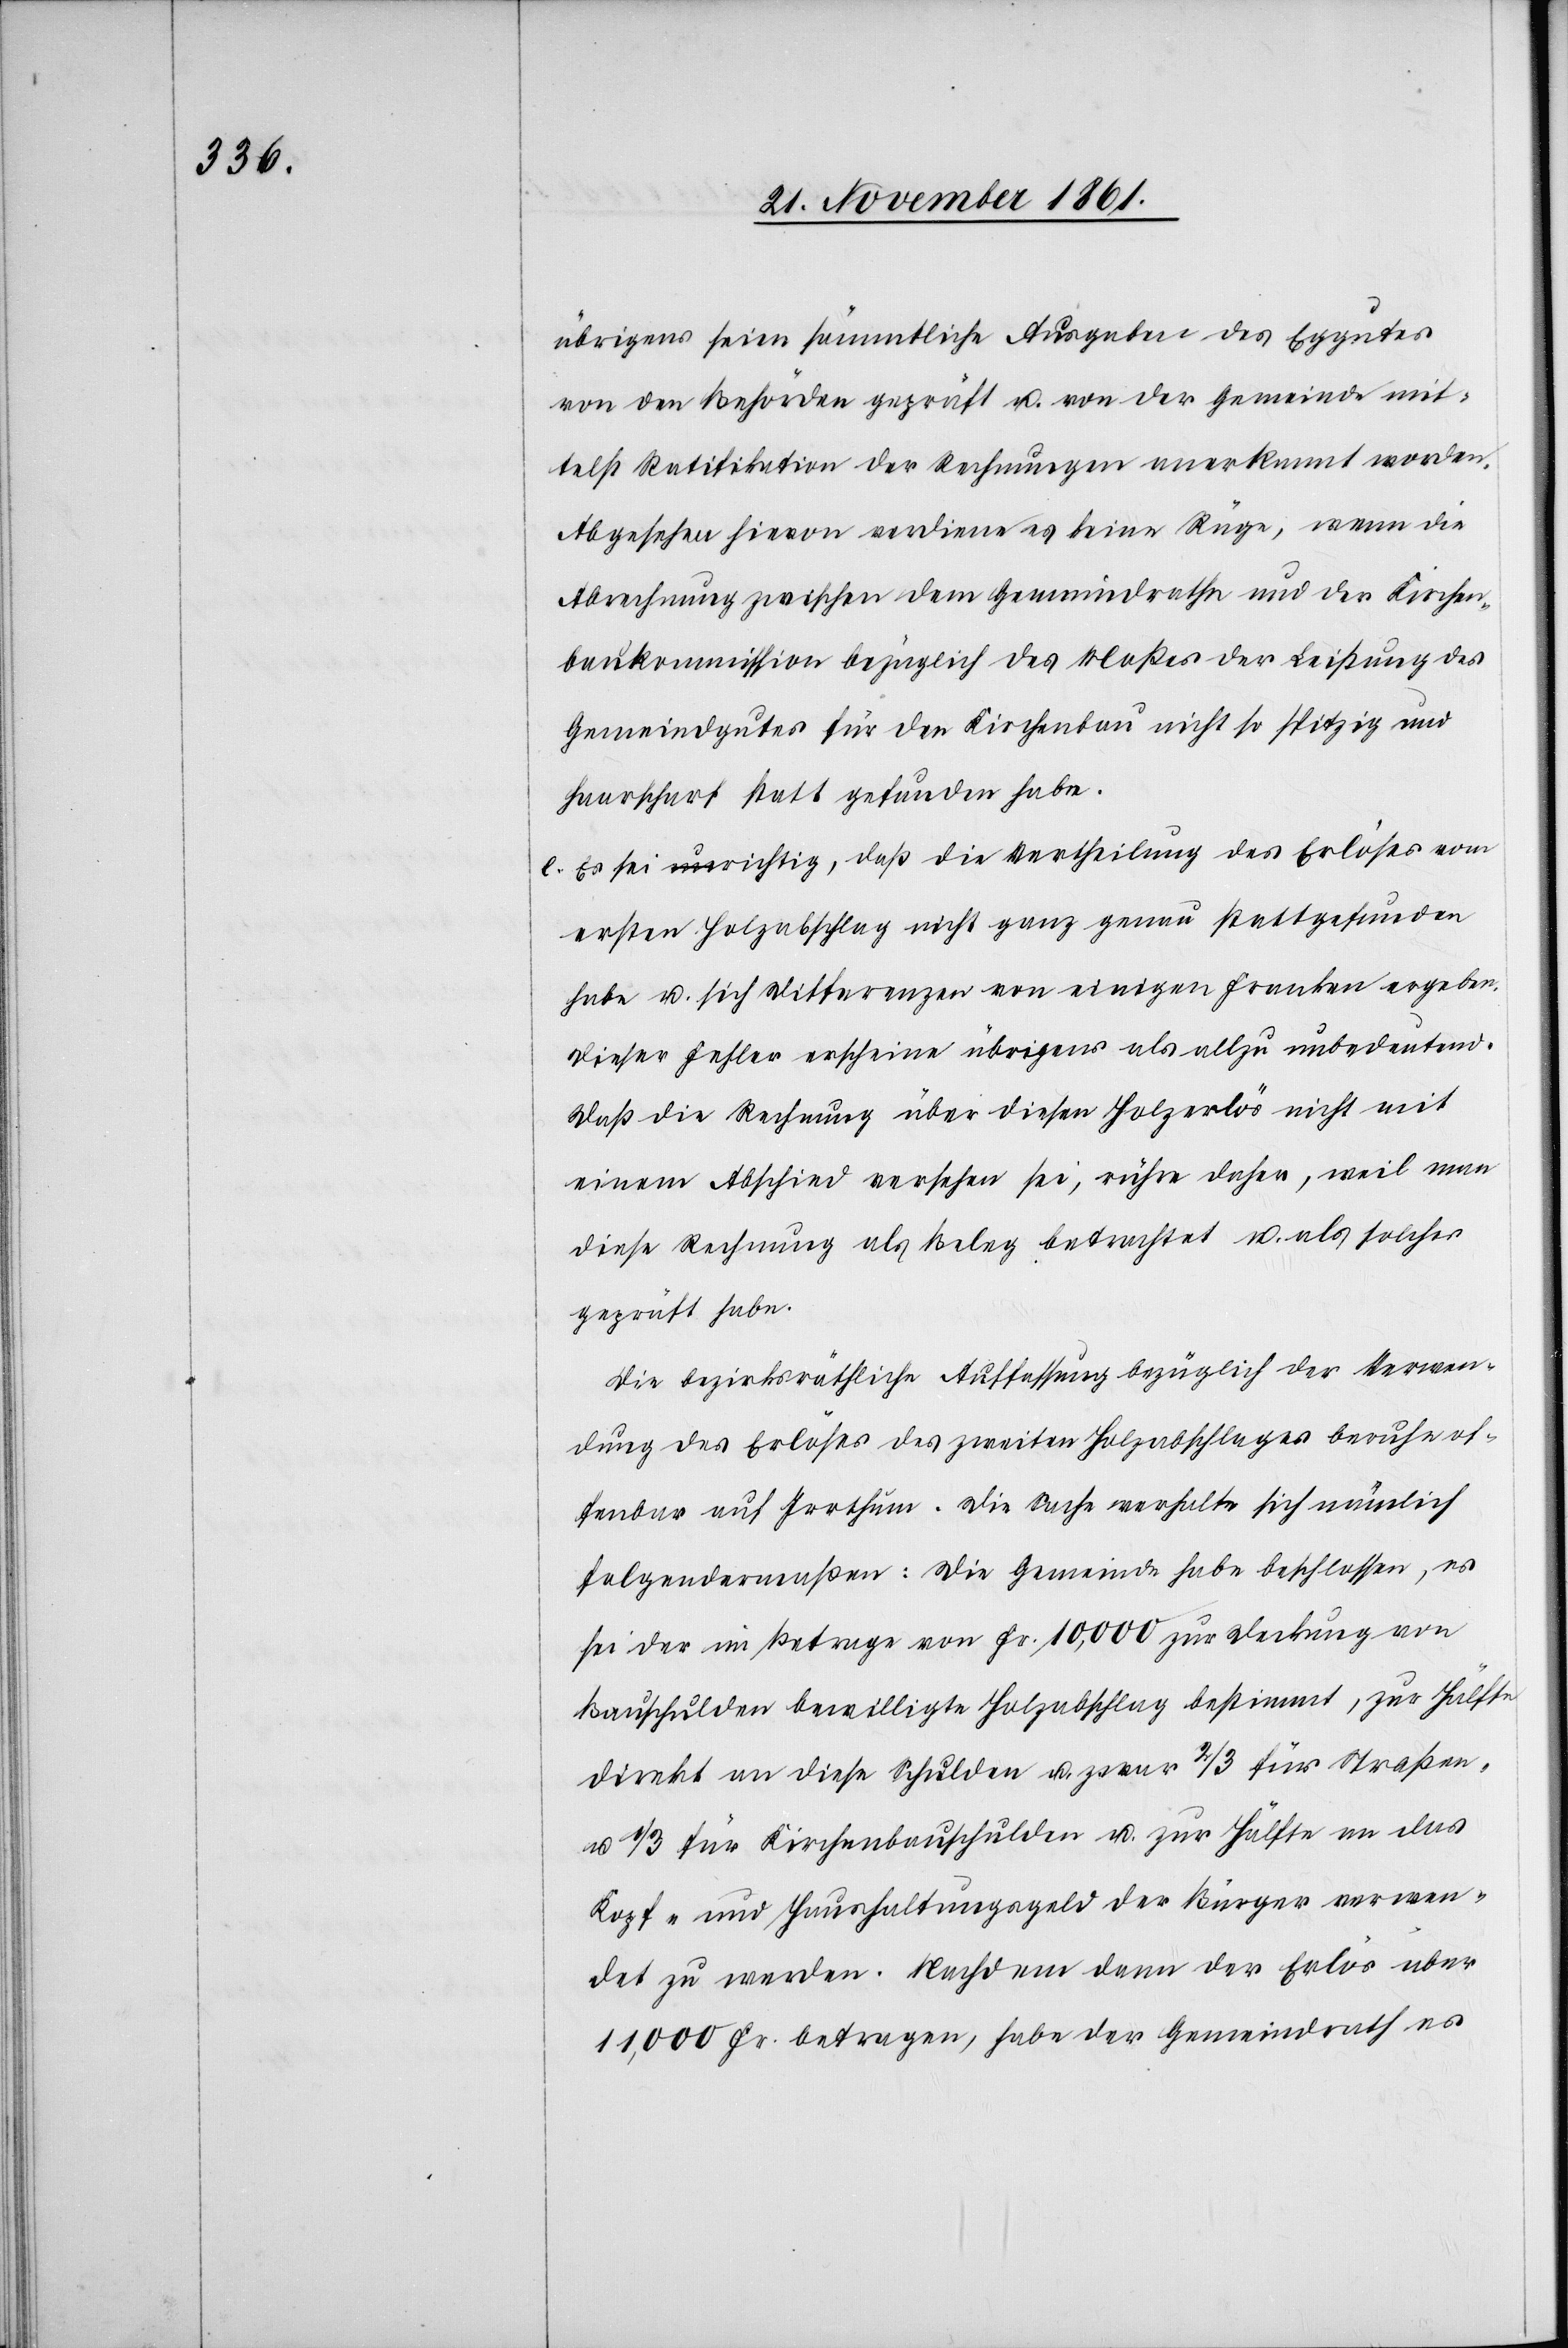
übrigens seien sämmtliche Ausgaben des Eggutes
von den Behörden geprüft u. von der Gemeinde mitt¬
telst Gratifikation der Rechnungen anerkannt worden.
Abgesehen hievon verdiene es keine Rüge, wenn die
Abrechnung zwischen dem Gemeindrathe und der Kirchen¬
baukommission bezüglich des Maßes der Leistung des
Gemeindgutes für den Kirchenbau nicht so spitzig und
haarscharf statt gefunden habe.
e. Es sei richtig, daß die Vertheilung des Erlöses vom
ersten Holzabschlag nicht ganz genau stattgefunden
habe u. sich Differenzen von einigen Franken ergeben.
Dieser Fehler erscheine übrigens als allzu unbedeutend.
Daß die Rechnung über diesen Holzerlös nicht mit
einem Abschied versehen sei, rühre daher, weil man
diese Rechnung als Beleg betrachtet u. als solchen
geprüft habe.
Die bezirksräthliche Auffassung bezüglich der Verwen¬
dung des Erlöses des zweiten Holzabschlages beruhe of¬
fenbar auf Irrthum. Die Sache verhalte sich nämlich
folgendermaßen: Die Gemeinde habe beschlossen, es
sei der im Betrage vom Fr. 10,000 zur Deckung von
Bauschulden bewilligte Holzabschlag bestimmt, zur Hälfte
direkt an diese Schulden u. zwar 2/3 für Straßen
u. 1/3 für Kirchenbauschulden u. zur Hälfte an das
Kopf- und Haushaltungsgeld der Bürger verwen¬
det zu verwenden. Nachdem dann der Erlös über
11,000 Fr. betragen, habe der Gemeindrath es